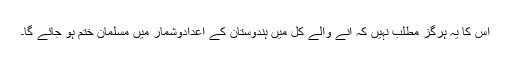
اس کا یہ ہرگز مطلب نہیں کہ آنے والے کل میں ہندوستان کے اعدادوشمار میں مسلمان ختم ہو جائے گا۔